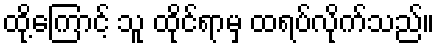
ထို့ကြောင့် သူ ထိုင်ရာမှ ထရပ်လိုက်သည်။